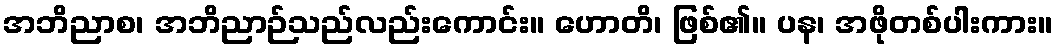
အဘိညာစ၊ အဘိညာဉ်သည်လည်းကောင်း။ ဟောတိ၊ ဖြစ်၏။ ပန၊ အဖိုတစ်ပါးကား။